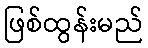
ဖြစ်ထွန်းမည်